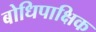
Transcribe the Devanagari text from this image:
बोधिपाक्षिक